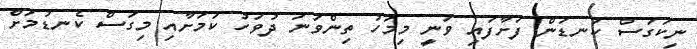
ނިކަގަސް ކަނޑަން ފަށާފައި ވަނީ މިމަހު ތިންވަނަ ދުވަހު ކަމަށާއި މިގަސް ކެނޑުމަށް